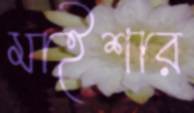
মাইশার